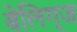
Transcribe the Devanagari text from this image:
बेलिग्ज